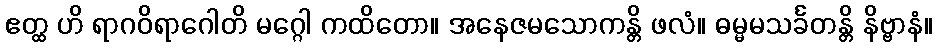
ဧတ္ထ ဟိ ရာဂဝိရာဂေါတိ မဂ္ဂေါ ကထိတော။ အနေဇမသောကန္တိ ဖလံ။ ဓမ္မမသင်္ခတန္တိ နိဗ္ဗာနံ။